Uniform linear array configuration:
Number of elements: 4
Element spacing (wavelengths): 0.5
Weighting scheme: blackman
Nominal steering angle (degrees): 15
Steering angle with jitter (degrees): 15.814
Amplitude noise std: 0.05
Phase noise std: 0.05

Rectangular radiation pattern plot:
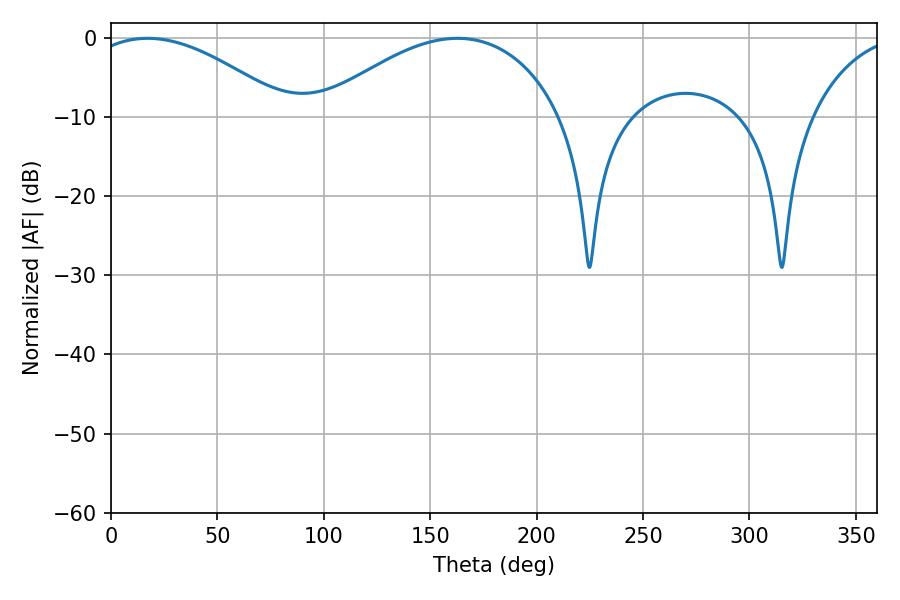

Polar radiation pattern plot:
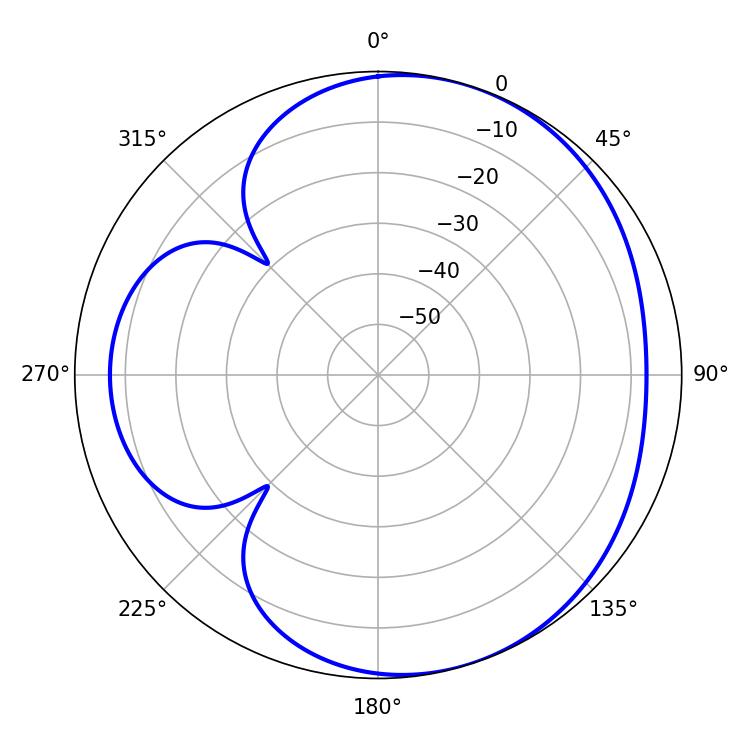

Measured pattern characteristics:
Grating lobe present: FALSE
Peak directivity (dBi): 4.468
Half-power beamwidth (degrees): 52.56
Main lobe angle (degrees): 17.1